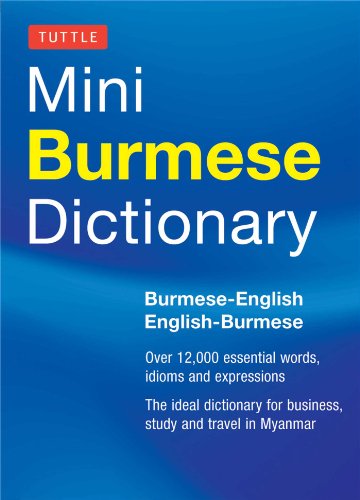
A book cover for Tuttle Mini Burmese Dictionary: Burmese-English / English-Burmese (Tuttle Mini Dictiona); Nancy Cunningham; Travel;